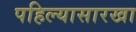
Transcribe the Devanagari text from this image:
पहिल्यासारखा